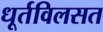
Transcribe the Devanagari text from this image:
धूर्तविलसत